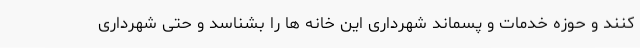
کنند و حوزه خدمات و پسماند شهرداری این خانه ها را بشناسد و حتی شهرداری